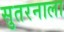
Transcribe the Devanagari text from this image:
सुतरनाला